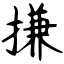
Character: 搛